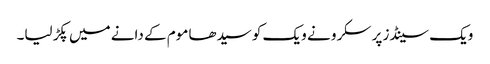
ویک سینڈز پر سکرو نے ویک کو سیدھا موم کے دانے میں پکڑ لیا۔